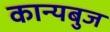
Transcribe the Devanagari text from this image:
कान्यबुज